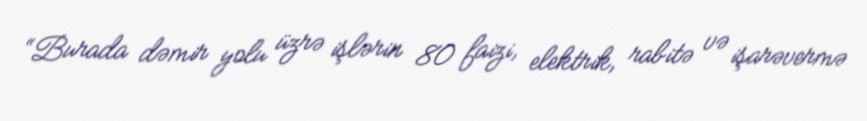
“Burada dəmir yolu üzrə işlərin 80 faizi, elektrik, rabitə və işarəvermə